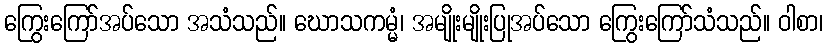
ကြွေးကြော်အပ်သော အသံသည်။ ဃောသကမ္မံ၊ အမျိုးမျိုးပြုအပ်သော ကြွေးကြော်သံသည်။ ဝါစာ၊